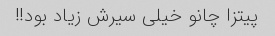
پیتزا چانو خیلی سیرش زیاد بود!!